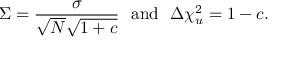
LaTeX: \Sigma = \frac { \sigma } { \sqrt { N } \sqrt { 1 + c } } \mathrm { ~ ~ a n d ~ ~ } \Delta { \chi _ { u } ^ { 2 } } = 1 - c .